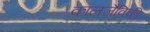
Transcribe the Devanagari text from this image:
कालजैविकी